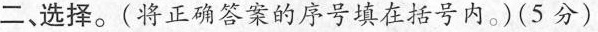
二、选择。(将正确答案的序号填在括号内。)(5分)